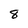
Character: 8